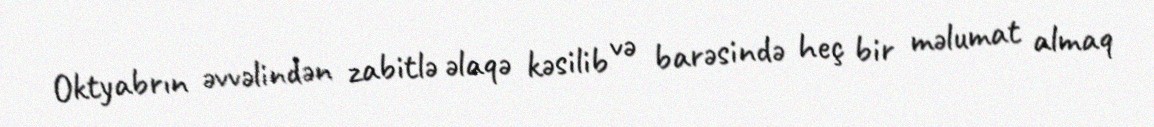
Oktyabrın əvvəlindən zabitlə əlaqə kəsilib və barəsində heç bir məlumat almaq